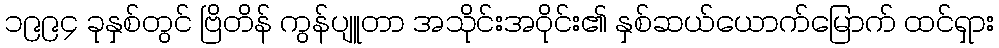
၁၉၉၄ ခုနှစ်တွင် ဗြိတိန် ကွန်ပျူတာ အသိုင်းအဝိုင်း၏ နှစ်ဆယ်ယောက်မြောက် ထင်ရှား